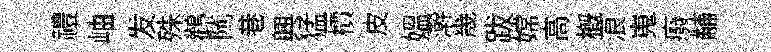
禮岫发殊鸛隲巷興猛檟皮媪澣㡬跋嫦高槪浪嵬癈黼